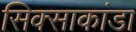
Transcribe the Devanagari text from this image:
सिक्साकांडा